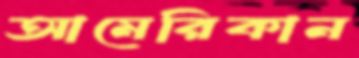
আমেরিকান